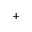
+